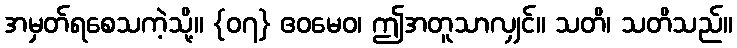
အမှတ်ရစေသကဲ့သို့။ {၀၇} ဧဝမေဝ၊ ဤအတူသာလျှင်။ သတိ၊ သတိသည်။